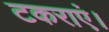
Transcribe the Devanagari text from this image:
टकराएं।